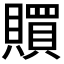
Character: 𧸏